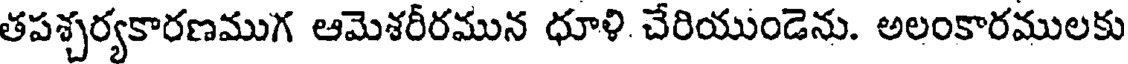
తపశ్చర్యకారణముగ ఆమెశరీరమున ధూళి చేరియుండెను. అలంకారములకు